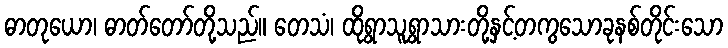
ဓာတုယော၊ ဓာတ်တော်တို့သည်။ တေသံ၊ ထိုရွာသူရွာသားတို့နှင့်တကွသောခုနစ်တိုင်းသော